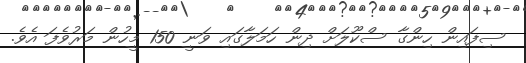
ސިފައިން ހިންގާ ސްކޫލަށް ދިން ހަމަލާގައި ވަނީ 150 މީހުން މަރުވެފަ އެވެ.